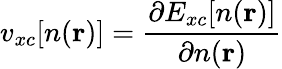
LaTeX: v_{xc}[n(\textbf{r})]=\frac{\partial E_{xc}[n(\textbf{r})]}{\partial n(\textbf{r})}